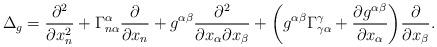
LaTeX: \begin{align*} \Delta_g & = \frac{\partial^2 }{\partial x_n^2} + \Gamma^\alpha_{n\alpha} \frac{\partial }{\partial x_n} + g^{\alpha\beta} \frac{\partial^2}{\partial x_\alpha\partial x_\beta} + \biggl( g^{\alpha\beta} \Gamma^\gamma_{\gamma\alpha} + \frac{\partial g^{\alpha\beta}}{\partial x_\alpha} \biggr) \frac{\partial }{\partial x_\beta}.\end{align*}